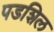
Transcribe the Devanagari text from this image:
पडशिल